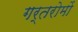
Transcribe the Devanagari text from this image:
गर्तरोमों